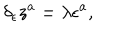
\delta _ { \epsilon } z ^ { a } = \lambda \epsilon ^ { a } ,